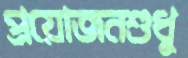
প্রয়োজনশুধু